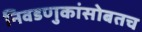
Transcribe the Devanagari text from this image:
निवडणुकांसोबतच